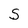
Character: S